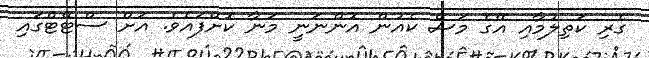
ގެރި ކަތިލުމާއި އޭގެ މަސް ކެއުން އޮންނަނީ މަނާ ކޮށްފައެވެ. އަށް ސްޓޭޓްގައި